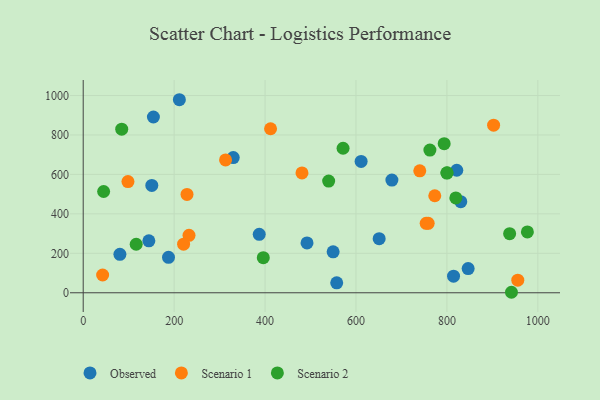
{"axis": {"x": "Ad Spend", "y": "Fuel Efficiency"}, "legend": ["Observed", "Scenario 1", "Scenario 2"], "data": [{"x": "557.6", "y": 50.4, "type": "Observed"}, {"x": "679.0", "y": 571.3, "type": "Observed"}, {"x": "821.7", "y": 621.1, "type": "Observed"}, {"x": "814.6", "y": 84.1, "type": "Observed"}, {"x": "492.3", "y": 252.9, "type": "Observed"}, {"x": "651.0", "y": 274.4, "type": "Observed"}, {"x": "846.7", "y": 122.9, "type": "Observed"}, {"x": "830.5", "y": 462.0, "type": "Observed"}, {"x": "611.3", "y": 666.0, "type": "Observed"}, {"x": "80.7", "y": 194.8, "type": "Observed"}, {"x": "211.5", "y": 978.7, "type": "Observed"}, {"x": "154.4", "y": 891.1, "type": "Observed"}, {"x": "187.6", "y": 179.5, "type": "Observed"}, {"x": "549.7", "y": 207.5, "type": "Observed"}, {"x": "144.4", "y": 263.5, "type": "Observed"}, {"x": "330.0", "y": 685.6, "type": "Observed"}, {"x": "387.2", "y": 296.2, "type": "Observed"}, {"x": "150.9", "y": 544.3, "type": "Observed"}, {"x": "232.7", "y": 291.4, "type": "Scenario 1"}, {"x": "754.4", "y": 352.3, "type": "Scenario 1"}, {"x": "740.3", "y": 618.1, "type": "Scenario 1"}, {"x": "412.1", "y": 831.5, "type": "Scenario 1"}, {"x": "42.7", "y": 90.1, "type": "Scenario 1"}, {"x": "902.7", "y": 849.8, "type": "Scenario 1"}, {"x": "758.8", "y": 352.2, "type": "Scenario 1"}, {"x": "481.2", "y": 607.8, "type": "Scenario 1"}, {"x": "228.3", "y": 498.7, "type": "Scenario 1"}, {"x": "773.3", "y": 491.9, "type": "Scenario 1"}, {"x": "313.1", "y": 673.7, "type": "Scenario 1"}, {"x": "955.9", "y": 63.9, "type": "Scenario 1"}, {"x": "98.4", "y": 563.6, "type": "Scenario 1"}, {"x": "220.8", "y": 246.5, "type": "Scenario 1"}, {"x": "539.9", "y": 566.3, "type": "Scenario 2"}, {"x": "794.0", "y": 755.9, "type": "Scenario 2"}, {"x": "44.9", "y": 513.3, "type": "Scenario 2"}, {"x": "977.0", "y": 308.7, "type": "Scenario 2"}, {"x": "800.3", "y": 608.6, "type": "Scenario 2"}, {"x": "942.0", "y": 2.5, "type": "Scenario 2"}, {"x": "800.0", "y": 606.8, "type": "Scenario 2"}, {"x": "762.6", "y": 723.2, "type": "Scenario 2"}, {"x": "938.0", "y": 299.6, "type": "Scenario 2"}, {"x": "84.7", "y": 829.4, "type": "Scenario 2"}, {"x": "819.6", "y": 480.8, "type": "Scenario 2"}, {"x": "396.1", "y": 177.8, "type": "Scenario 2"}, {"x": "116.5", "y": 245.9, "type": "Scenario 2"}, {"x": "571.6", "y": 732.8, "type": "Scenario 2"}]}